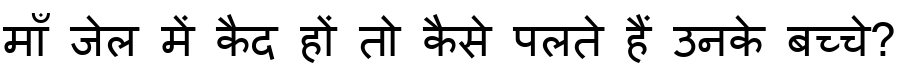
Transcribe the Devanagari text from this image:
माँ जेल में कैद हों तो कैसे पलते हैं उनके बच्चे?